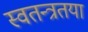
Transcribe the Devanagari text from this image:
स्वतन्त्रतया